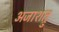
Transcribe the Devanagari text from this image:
अजाशत्रु